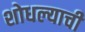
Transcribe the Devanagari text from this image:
शोधल्याची